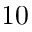
1 0